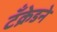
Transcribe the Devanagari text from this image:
टँक्रेडने